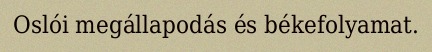
Oslói megállapodás és békefolyamat.